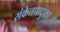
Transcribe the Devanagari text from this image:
संकेतपादुका